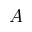
A